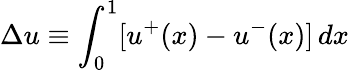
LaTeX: \Delta u\equiv\int_{0}^{1}\lbrack u^{+}(x)-u^{-}(x)\rbrack\, dx